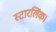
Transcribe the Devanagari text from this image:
स्टारलिंक।